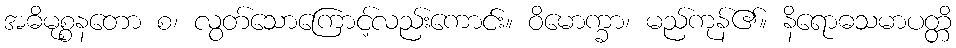
အဓိမုစ္စနတော စ၊ လွတ်သောကြောင့်လည်းကောင်း။ ဝိမောက္ခာ၊ မည်ကုန်၏။ နိရောဓသမာပတ္တိ